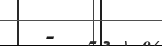
-